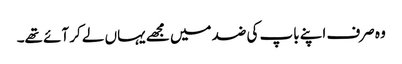
وہ صرف اپنے باپ کی ضد میں مجھے یہاں لے کر آئے تھے۔